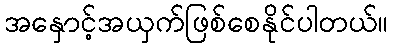
အနှောင့်အယှက်ဖြစ်စေနိုင်ပါတယ်။